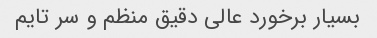
بسیار برخورد عالی دقیق منظم و سر تایم